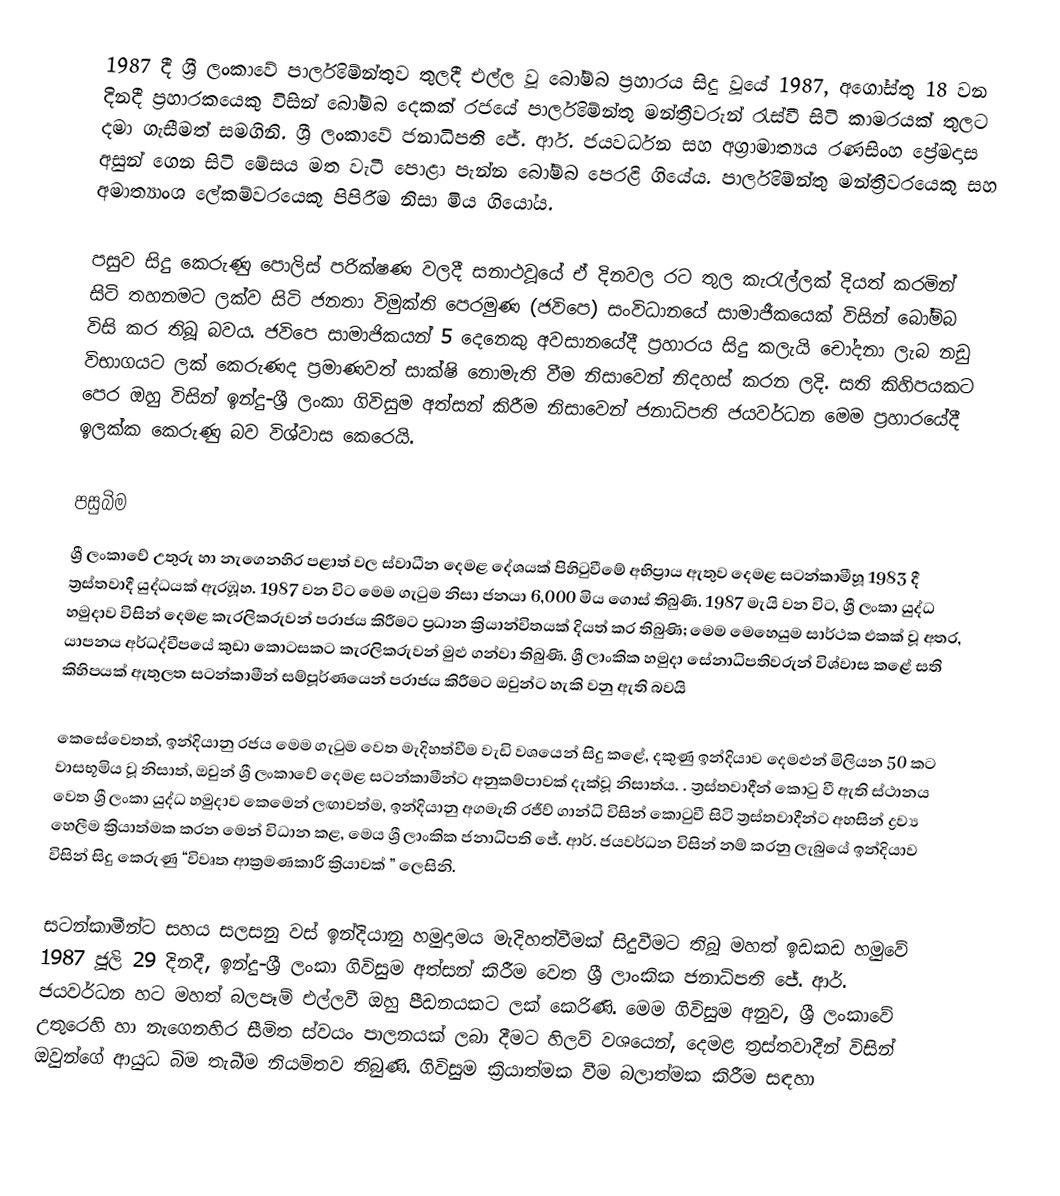
1987 දී ශ්‍රී ලංකාවේ පාර්ලිමේන්තුව තුලදී එල්ල වූ බෝම්බ ප්‍රහාරය සිදු වූයේ 1987,  අගෝස්තු 18 වන දිනදී ප්‍රහාරකයෙකු විසින් බෝම්බ දෙකක් රජයේ පාර්ලිමේන්තු මන්ත්‍රීවරුන් රැස්වී සිටි කාමරයක් තුලට දමා ගැසීමත් සමගිනි. ශ්‍රී ලංකාවේ ජනාධිපති ජේ. ආර්. ජයවර්ධන සහ අග්‍රාමාත්‍යය රණසිංහ ප්‍රේමදාස අසුන් ගෙන සිටි මේසය මත වැටී පොළා පැන්න බෝම්බ පෙරළි ගියේය. පාර්ලිමේන්තු මන්ත්‍රීවරයෙකු සහ අමාත්‍යාංශ ලේකම්වරයෙකු පිපිරීම නිසා මිය ගියෝය.

පසුව සිදු කෙරුණු පොලිස් පරික්ෂණ වලදී සනාථවූයේ ඒ දිනවල රට තුල  කැරැල්ලක් දියත් කරමින් සිටි තහනමට ලක්ව සිටි ජනතා විමුක්ති පෙරමුණ (ජවිපෙ) සංවිධානයේ සාමාජීකයෙක් විසින් බෝම්බ විසි කර තිබූ බවය. ජවිපෙ සාමාජිකයන් 5 දෙනෙකු අවසානයේදී ප්‍රහාරය සිදු කලැයි චෝදනා ලැබ නඩු විභාගයට ලක් කෙරුණද ප්‍රමාණවත් සාක්ෂි නොමැති වීම නිසාවෙන් නිදහස් කරන ලදි. සති කිහිපයකට පෙර ඔහු විසින් ඉන්දු-ශ්‍රී ලංකා ගිවිසුම අත්සන් කිරීම නිසාවෙන් ජනාධිපති ජයවර්ධන මෙම ප්‍රහාරයේදී ඉලක්ක කෙරුණු බව විශ්වාස කෙරෙයි.

පසුබිම
ශ්‍රී ලංකාවේ උතුරු හා නැගෙනහිර පළාත් වල ස්වාධීන දෙමළ දේශයක් පිහිටුවීමේ අභිප්‍රාය ඇතුව  දෙමළ සටන්කාමීහූ 1983 දී   ත්‍රස්තවාදී යුද්ධයක් ඇරඹූහ. 1987 වන විට මෙම ගැටුම නිසා ජනයා 6,000 මිය ගොස් තිබුණි. 1987 මැයි වන විට, ශ්‍රී ලංකා යුද්ධ හමුදාව විසින් දෙමළ කැරලිකරුවන් පරාජය කිරීමට ප්‍රධාන ක්‍රියාන්විතයක් දියත් කර තිබුණි; මෙම මෙහෙයුම සාර්ථක එකක් වූ අතර, යාපනය අර්ධද්වීපයේ කුඩා කොටසකට කැරලිකරුවන් මුළු ගන්වා තිබුණි. ශ්‍රී ලාංකික හමුදා සේනාධිපතිවරුන් විශ්වාස කළේ සති කිහිපයක් ඇතුලත සටන්කාමීන් සම්පූර්ණයෙන් පරාජය කිරීමට ඔවුන්ට හැකි වනු ඇති බවයි

කෙසේවෙතත්, ඉන්දියානු රජය මෙම ගැටුම වෙත මැදිහත්වීම වැඩි වශයෙන් සිදු කළේ, දකුණු ඉන්දියාව දෙමළුන් මිලියන 50 කට වාසභූමිය වූ නිසාත්, ඔවුන් ශ්‍රී ලංකාවේ දෙමළ සටන්කාමීන්ට අනුකම්පාවක් දැක්වූ නිසාත්ය. . ත්‍රස්තවාදීන් කොටු වී ඇති ස්ථානය වෙත ශ්‍රී ලංකා යුද්ධ හමුදාව කෙමෙන් ලඟාවත්ම, ඉන්දියානු අගමැති  රජීව් ගාන්ධි විසින් කොටුවී සිටි ත්‍රස්තවාදීන්ට අහසින් ද්‍රව්‍ය හෙලීම ක්‍රියාත්මක කරන මෙන් විධාන කළ, මෙය ශ්‍රී ලාංකික ජනාධිපති  ජේ. ආර්. ජයවර්ධන විසින් නම් කරනු ලැබුයේ ඉන්දියාව විසින් සිදු කෙරුණු “විවෘත ආක්‍රමණකාරී ක්‍රියාවක් ” ලෙසිනි.

සටන්කාමීන්ට සහය සලසනු වස් ඉන්දියානු හමුදාමය මැදිහත්වීමක් සිදුවීමට තිබූ මහත් ඉඩකඩ හමුවේ 1987 ජූලි 29 දිනදී, ඉන්දු-ශ්‍රී ලංකා ගිවිසුම අත්සන් කිරීම වෙත ශ්‍රී ලාංකික ජනාධිපති ජේ. ආර්. ජයවර්ධන හට මහත් බලපෑම් එල්ලවී ඔහු පීඩනයකට ලක් කෙරිණි.  මෙම ගිවිසුම අනුව,  ශ්‍රී ලංකාවේ උතුරෙහි හා නැගෙනහිර සීමිත ස්වයං පාලනයක් ලබා දීමට හිලව් වශයෙන්, දෙමළ ත්‍රස්තවාදීන් විසින් ඔවුන්ගේ ආයුධ බිම තැබීම නියමිතව තිබුණි. ගිවිසුම ක්‍රියාත්මක වීම බලාත්මක කිරීම සඳහා